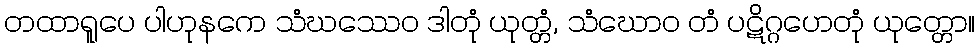
တထာရူပေ ပါဟုနကေ သံဃဿေဝ ဒါတုံ ယုတ္တံ, သံဃောဝ တံ ပဋိဂ္ဂဟေတုံ ယုတ္တော။